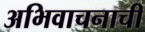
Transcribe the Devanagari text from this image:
अभिवाचनाची